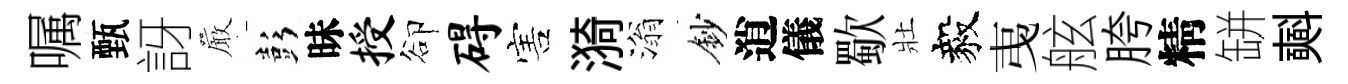
嘱甄訝巖彭昧授卻碍害漪滃鈔逍儀歜壯毅𢎯舷胯精缾𣂏